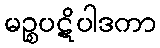
မဉ္စပဋိပါဒကာ